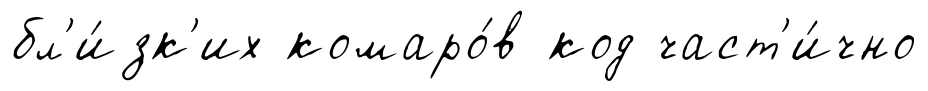
бл'и́зк'их комаро́в код част'и́чно